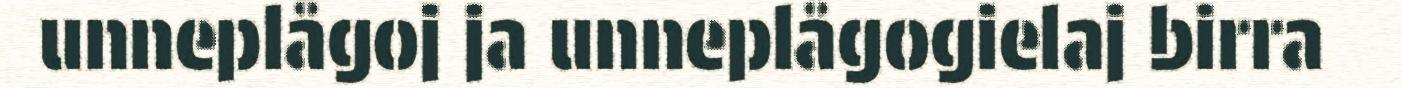
unneplågoj ja unneplågogielaj birra